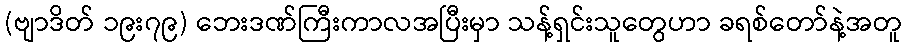
(ဗျာဒိတ် ၁၉း၇၉) ဘေးဒဏ်ကြီးကာလအပြီးမှာ သန့်ရှင်းသူတွေဟာ ခရစ်တော်နဲ့အတူ